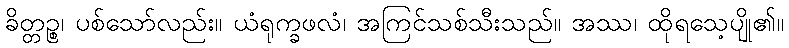
ခိတ္တဉ္စ၊ ပစ်သော်လည်း။ ယံရုက္ခဖလံ၊ အကြင်သစ်သီးသည်။ အဿ၊ ထိုရသေ့ပျို၏။